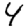
Digit: 4